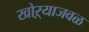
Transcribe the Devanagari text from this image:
खोऱ्याजवळ